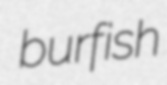
burfish